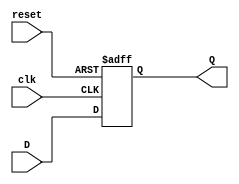
/*
   Created by : Mohamed Hazem Mamdouh
   12-08-2023
   7:30 PM
 */
//***************  DFF WITH PRESET  ***************//

module DFF_1 (D,clk,reset,Q);
input D; // Data input 
input clk; // clock input 
input reset; // synchronous reset 
output reg Q; // output Q 



always @(posedge clk or negedge reset ) 
begin
 if(!reset)
  Q <= 1'b1; 
 else 
  Q <= D; 
end 
endmodule